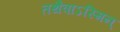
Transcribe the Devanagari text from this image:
तथैवाऽस्मिन्